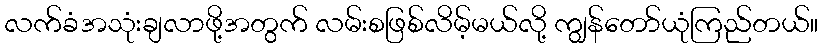
လက်ခံအသုံးချလာဖို့အတွက် လမ်းစဖြစ်လိမ့်မယ်လို့ ကျွန်တော်ယုံကြည်တယ်။